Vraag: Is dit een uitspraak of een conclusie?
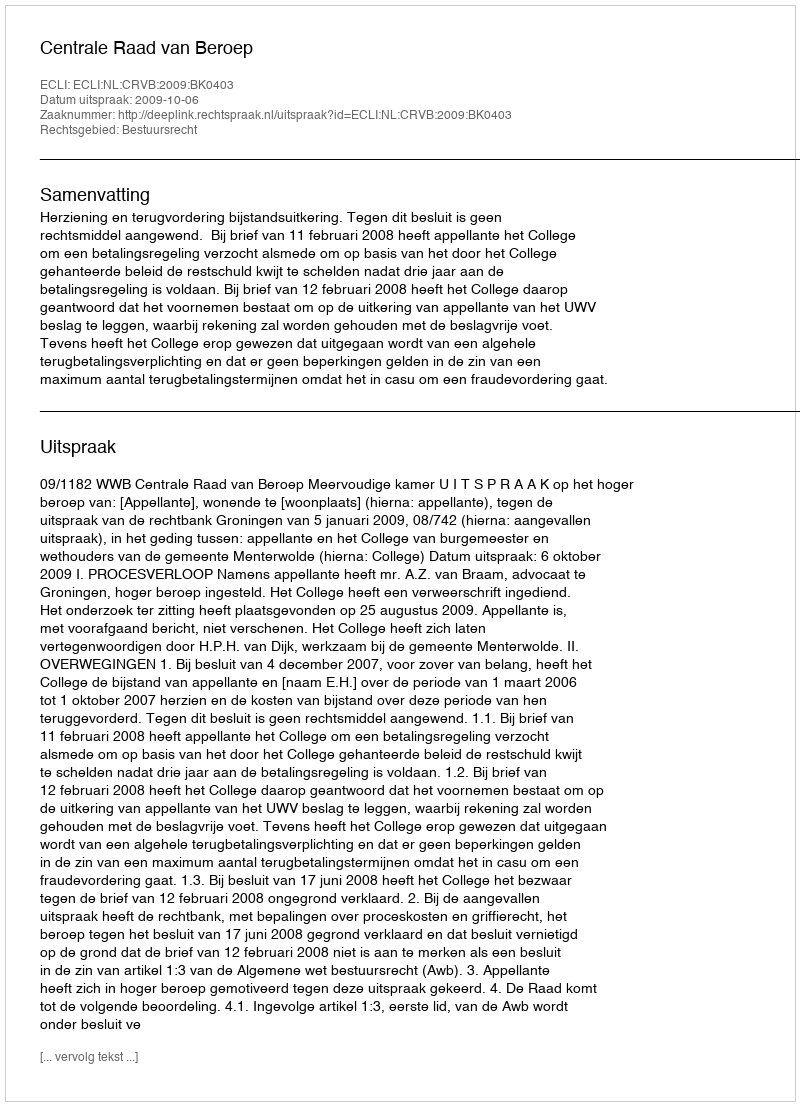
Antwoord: Uitspraak